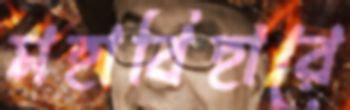
মহাবিহারে